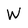
Character: W